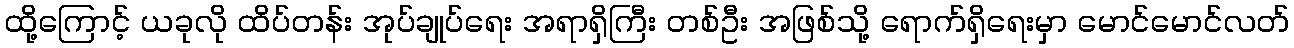
ထို့ကြောင့် ယခုလို ထိပ်တန်း အုပ်ချုပ်ရေး အရာရှိကြီး တစ်ဦး အဖြစ်သို့ ရောက်ရှိရေးမှာ မောင်မောင်လတ်